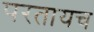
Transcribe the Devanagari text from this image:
परतायच